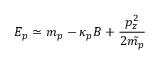
E _ { p } \simeq m _ { p } - \kappa _ { p } B + \frac { p _ { z } ^ { 2 } } { 2 \tilde { m _ { p } } } \nonumber \,